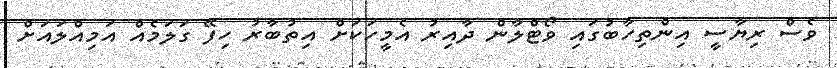
ވެސް ރިޔާސީ އިންތިހާބުގައި ވޯޓްލާން ދާއިރު އެމީހަކަށް އިތުބާރު ހިފޭ ގަލަމެއް އަމިއްލައަށް